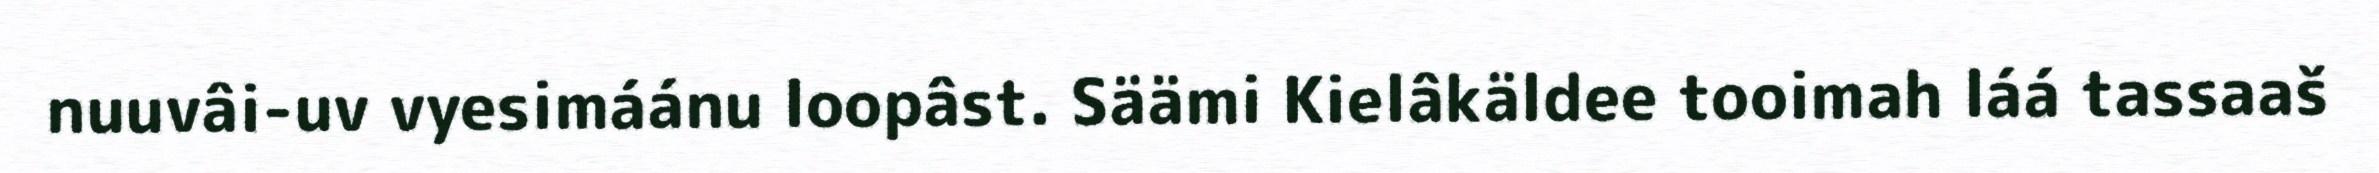
nuuvâi-uv vyesimáánu loopâst. Säämi Kielâkäldee tooimah láá tassaaš